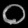
Digit: ၀